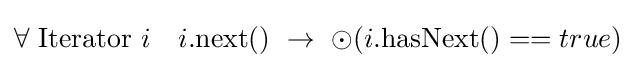
\forall ~{\text{Iterator}}~i\quad i.{\text{next}}()~\rightarrow ~\odot (i.{\text{hasNext}}()==true)